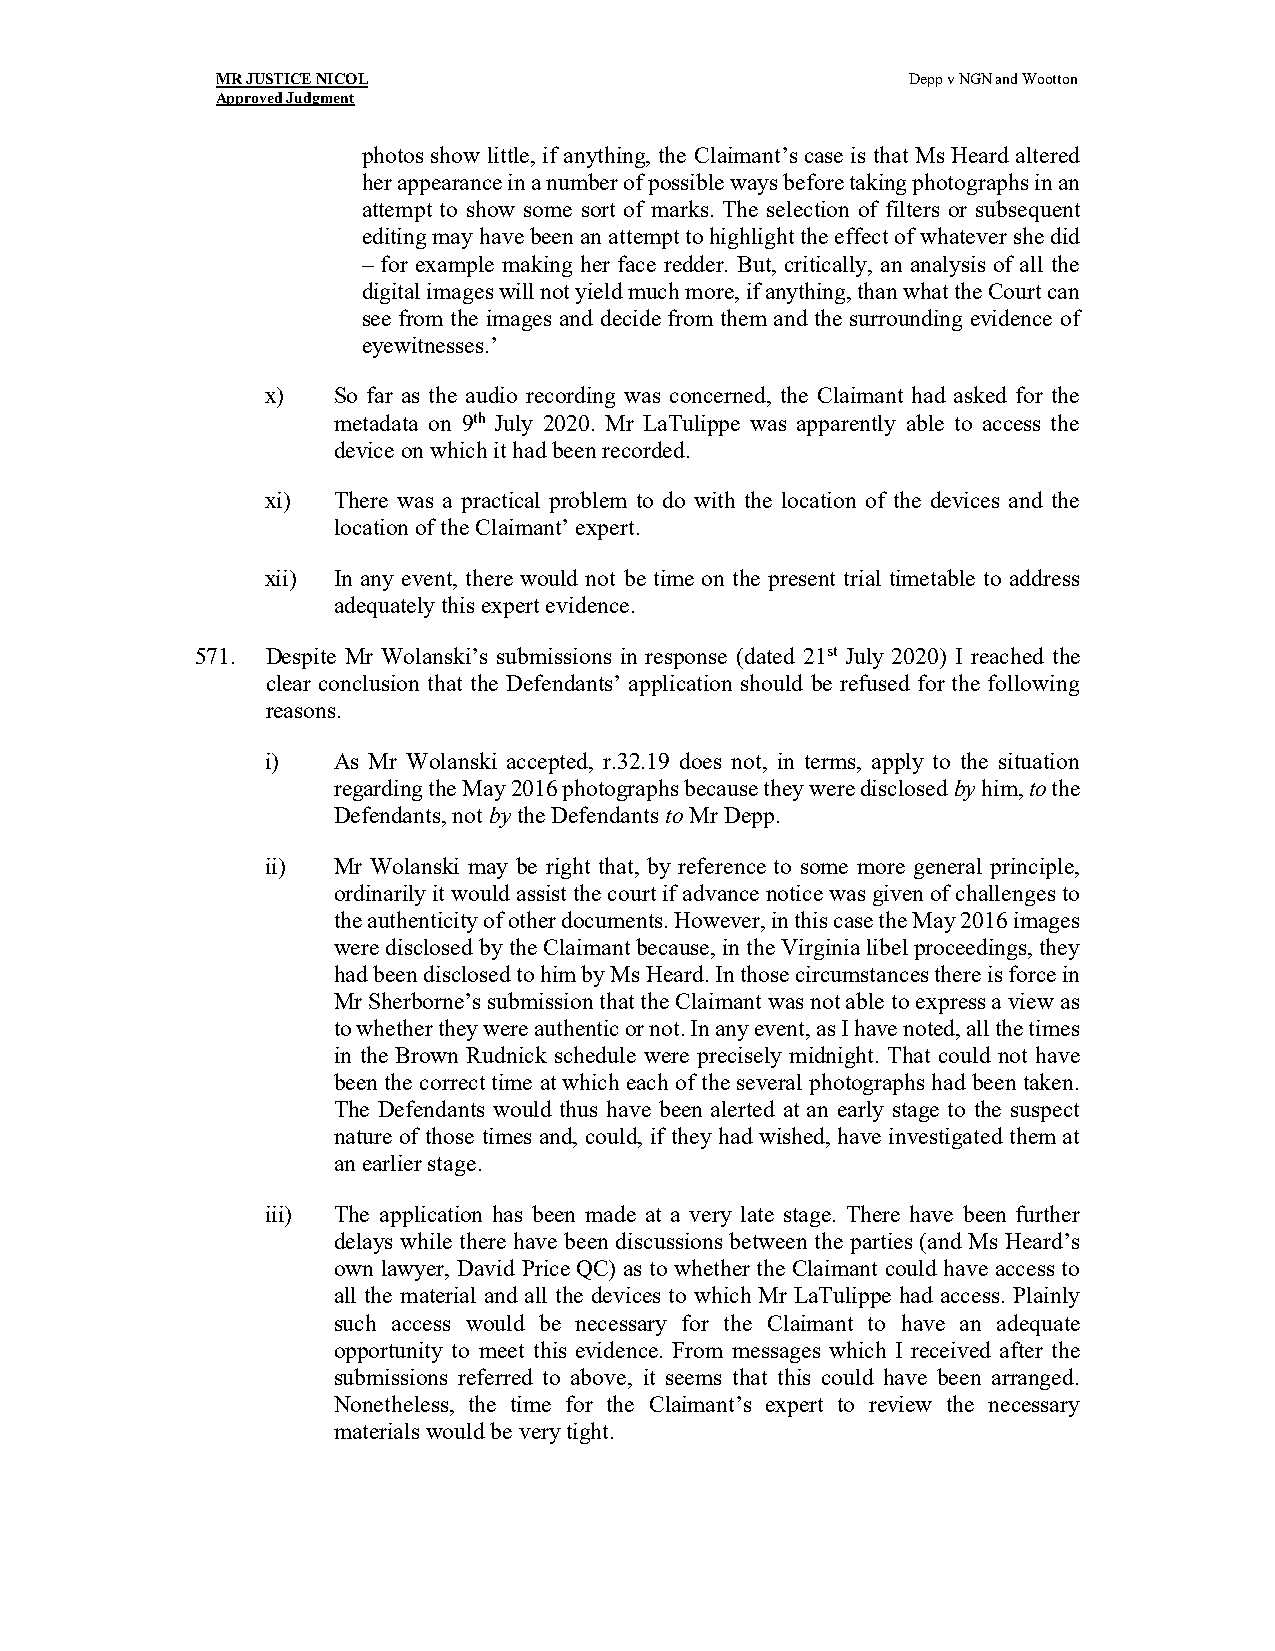
MR JUSTICE NICOL                              Depp v NGN and Wootton
 Approved Judgment
 photos show little, if anything, the Claimant’s case is that Ms Heard altered
 her appearance in a number of possible ways before taking photographs in an
 attempt to show some sort of marks. The selection of filters or subsequent
 editing may have been an attempt to highlight the effect of whatever she did
 – for example making her face redder. But, critically, an analysis of all the
 digital images will not yield much more, if anything, than what the Court can
 see from the images and decide from them and the surrounding evidence of
 eyewitnesses.’
 x)  So far as the audio recording was concerned, the Claimant had asked for the
 metadata on 9th July 2020. Mr LaTulippe was apparently able to access the
 device on which it had been recorded.
 xi) There was a practical problem to do with the location of the devices and the
 location of the Claimant’ expert.
 xii) In any event, there would not be time on the present trial timetable to address
 adequately this expert evidence.
 571. Despite Mr Wolanski’s submissions in response (dated 21st July 2020) I reached the
 clear conclusion that the Defendants’ application should be refused for the following
 reasons.
 i)  As Mr Wolanski accepted, r.32.19 does not, in terms, apply to the situation
 regarding the May 2016 photographs because they were disclosed by him, to the
 Defendants, not by the Defendants to Mr Depp.
 ii) Mr Wolanski may be right that, by reference to some more general principle,
 ordinarily it would assist the court if advance notice was given of challenges to
 the authenticity of other documents. However, in this case the May 2016 images
 were disclosed by the Claimant because, in the Virginia libel proceedings, they
 had been disclosed to him by Ms Heard. In those circumstances there is force in
 Mr Sherborne’s submission that the Claimant was not able to express a view as
 to whether they were authentic or not. In any event, as I have noted, all the times
 in the Brown Rudnick schedule were precisely midnight. That could not have
 been the correct time at which each of the several photographs had been taken.
 The Defendants would thus have been alerted at an early stage to the suspect
 nature of those times and, could, if they had wished, have investigated them at
 an earlier stage.
 iii) The application has been made at a very late stage. There have been further
 delays while there have been discussions between the parties (and Ms Heard’s
 own lawyer, David Price QC) as to whether the Claimant could have access to
 all the material and all the devices to which Mr LaTulippe had access. Plainly
 such access would be necessary for the Claimant to have an adequate
 opportunity to meet this evidence. From messages which I received after the
 submissions referred to above, it seems that this could have been arranged.
 Nonetheless, the time for the Claimant’s expert to review the necessary
 materials would be very tight.